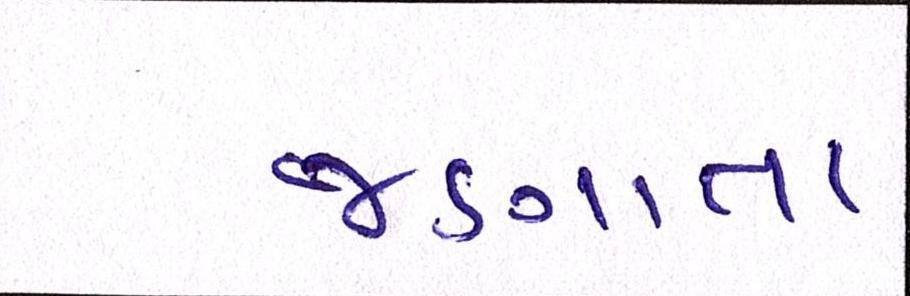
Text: જણાતા